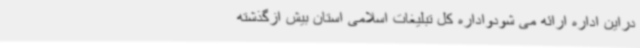
دراین اداره ارائه می شودواداره کل تبلیغات اسلامی استان بیش ازگذشته